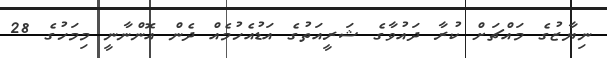
ނިޔާޒުގެ މައްޗަށް ކުރާ ދައުވާގެ ޝަރީއަތުގެ އަޑުއެހުމެއް ދެން އޮންނާނީ މިމަހުގެ 28